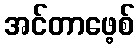
အင်တာဖေ့စ်